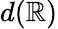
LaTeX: d(\mathbb{R})